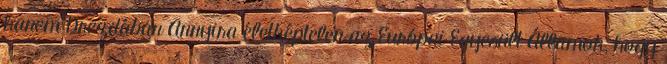
hanem Drezdában Annyira életképtelen az Európai Egyesült Államok, hogy